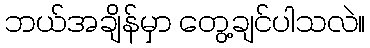
ဘယ်အချိန်မှာ တွေ့ချင်ပါသလဲ။